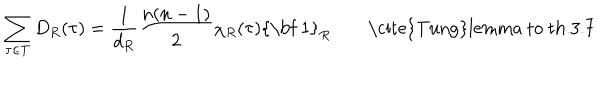
\sum _ { \tau \in T } D _ { R } ( \tau ) = \frac { 1 } { d _ { R } } \frac { n ( n - 1 ) } { 2 } \chi _ { R } ( \tau ) \mathrm { { \bf ~ 1 } } _ { R } \qquad \mathrm { \ c i t e { T u n g } l e m m a ~ t o ~ t h . 3 . 7 }